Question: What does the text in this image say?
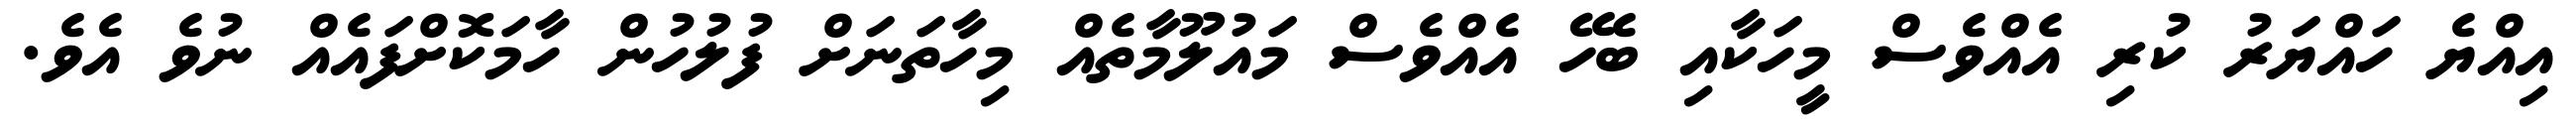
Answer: އިއްޔެ ހައްޔަރު ކުރި އެއްވެސް މީހަކާއި ބެހޭ އެއްވެސް މައުލޫމާތެއް މިހާތަނަށް ފުލުހުން ހާމަކޮށްފައެއް ނުވެ އެވެ.